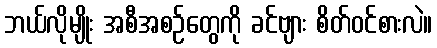
ဘယ်လိုမျိုး အစီအစဉ်တွေကို ခင်ဗျား စိတ်ဝင်စားလဲ။